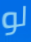
لو